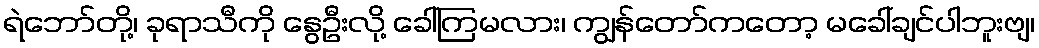
ရဲဘော်တို့၊ ခုရာသီကို နွေဦးလို့ ခေါ်ကြမလား၊ ကျွန်တော်ကတော့ မခေါ်ချင်ပါဘူးဗျ၊